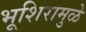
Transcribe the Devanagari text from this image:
भूशिरामुळे